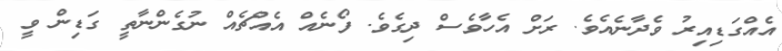
އެއްގަޑިއިރު ވެދާނެއެވެ. ރަށް އެހާވެސް ދިގެވެ. ފޯނެއް އެއްޗެއް ނުގެންނާތީ ގަޑިން ވީ